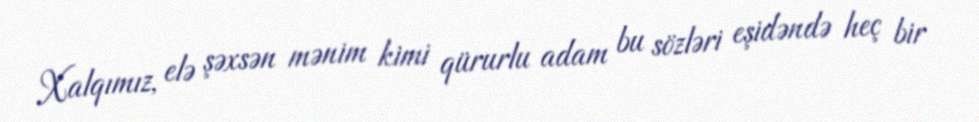
Xalqımız, elə şəxsən mənim kimi qürurlu adam bu sözləri eşidəndə heç bir